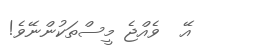
އޭ  ވެއްޖެ މީސްތަކުންނޭވެ!